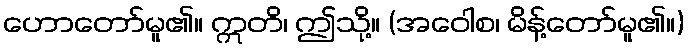
ဟောတော်မူ၏။ ဣတိ၊ ဤသို့။ (အဝေါစ၊ မိန့်တော်မူ၏။)